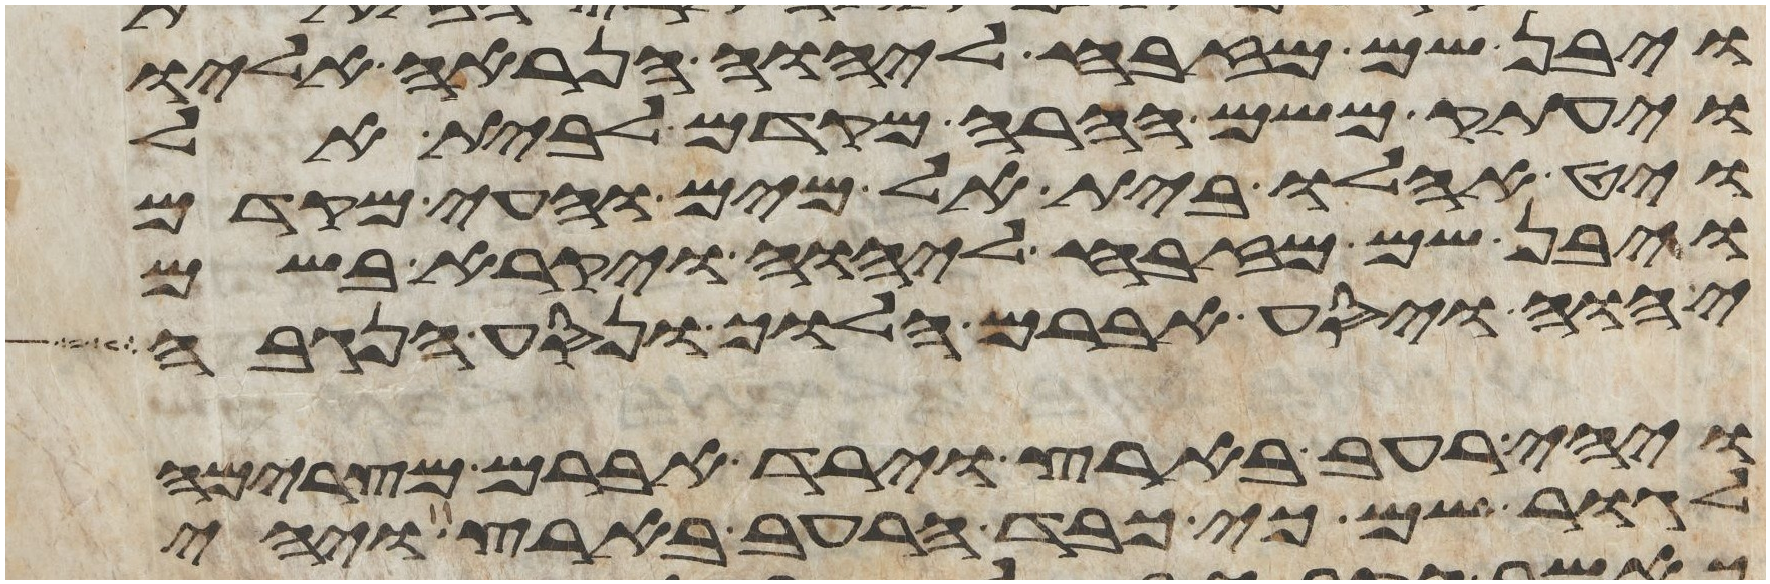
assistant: ויבן שם מזבח ליהוה הנראה אליו
ויעתק משם ההרה מקדם לבית אל
ויט אהלו בית אל מים והעי מקדם
ויבן שם מזבח ליהוה ויקרא בשם
יהוה ויסע אברם הלוך ונסע הנגבה
ויהי רעב בארץ וירד אברם מצרימה
לגור שם כי כבד הרעב בארץ ויהי